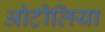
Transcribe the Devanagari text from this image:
ओटीलिया